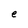
Character: e